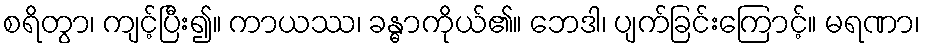
စရိတွာ၊ ကျင့်ပြီး၍။ ကာယဿ၊ ခန္ဓာကိုယ်၏။ ဘေဒါ၊ ပျက်ခြင်းကြောင့်။ မရဏာ၊